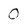
Character: 0